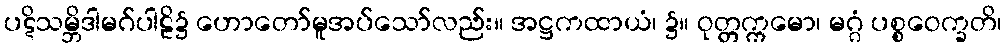
ပဋိသမ္ဘိဒါမဂ်ပါဠိ၌ ဟောတော်မူအပ်သော်လည်း။ အဋ္ဌကထာယံ၊ ၌။ ဝုတ္တက္ကမော၊ မဂ္ဂံ ပစ္စဝေက္ခတိ၊